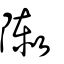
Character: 敶